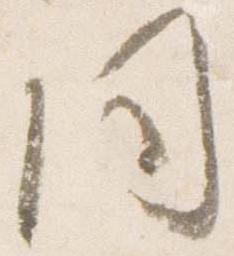
同